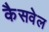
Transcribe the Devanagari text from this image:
कैसवेल